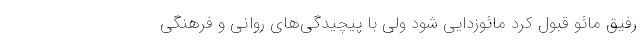
رفیق مائو قبول کرد مائوزدایی شود ولی با پیچیدگی­های روانی و فرهنگی